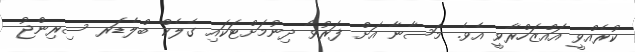
ކުރެއްވީ އައްޒަހްރާވީ އެވެ. މަސާނާ އަށް ފަރުވާ ދިނުމަށްޓަކައި ގެލެކް ބްލެޑަރ ސިރިންޖު